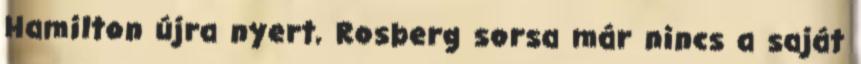
Hamilton újra nyert, Rosberg sorsa már nincs a saját